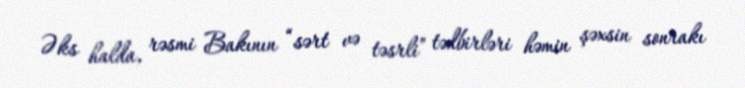
Əks halda, rəsmi Bakının “sərt və təsrli” tədbirləri həmin şəxsin sonrakı